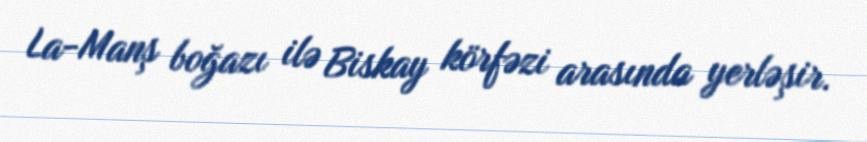
La-Manş boğazı ilə Biskay körfəzi arasında yerləşir.